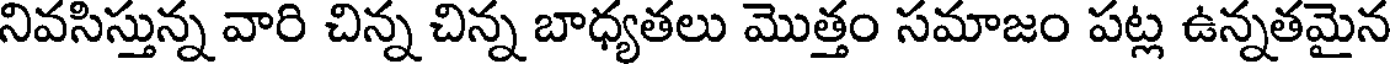
నివసిస్తున్న వారి చిన్న చిన్న బాధ్యతలు మొత్తం సమాజం పట్ల ఉన్నతమైన